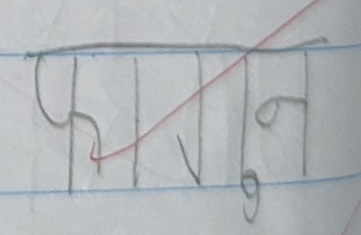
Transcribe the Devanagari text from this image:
फागुन